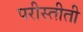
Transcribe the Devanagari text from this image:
परीस्तीती